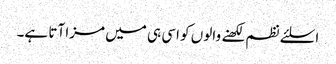
اسلئے نظم لکھنے والوں کو اسی ہی میں مزا آتا ہے۔